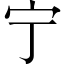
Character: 宁